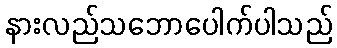
နားလည်သဘောပေါက်ပါသည်